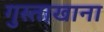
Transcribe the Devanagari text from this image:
गुस्ताखाना